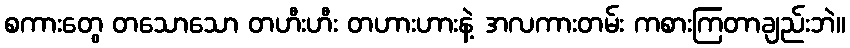
စကားတွေ တသောသော တဟီးဟီး တဟားဟားနဲ့ အလကားတမ်း ကစားကြတာချည်းဘဲ။